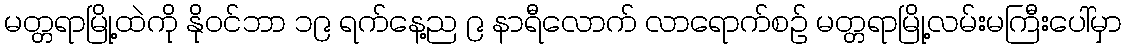
မတ္တရာမြို့ထဲကို နိုဝင်ဘာ ၁၉ ရက်နေ့ည ၉ နာရီလောက် လာရောက်စဉ် မတ္တရာမြို့လမ်းမကြီးပေါ်မှာ